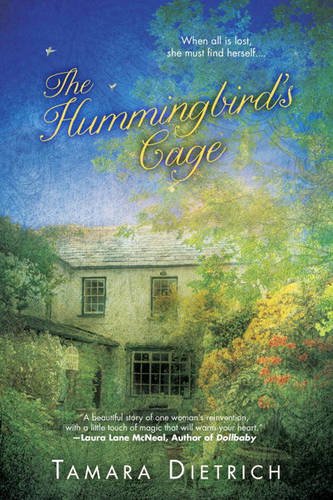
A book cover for The Hummingbird's Cage; Tamara Dietrich; Science Fiction & Fantasy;